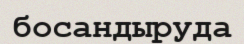
босандыруда